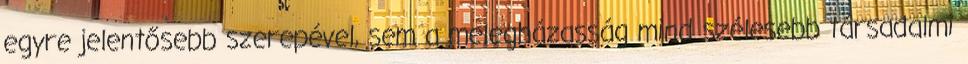
egyre jelentősebb szerepével, sem a melegházasság mind szélesebb társadalmi